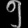
Digit: ၅